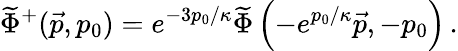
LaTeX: {\widetilde{\Phi}}^{+}(\vec{p},p_{0})=e^{-{3p_{0}/\kappa}}{\widetilde{\Phi}}\left(-e^{p_{0}/\kappa}\vec{p},-p_{0}\right)\, .